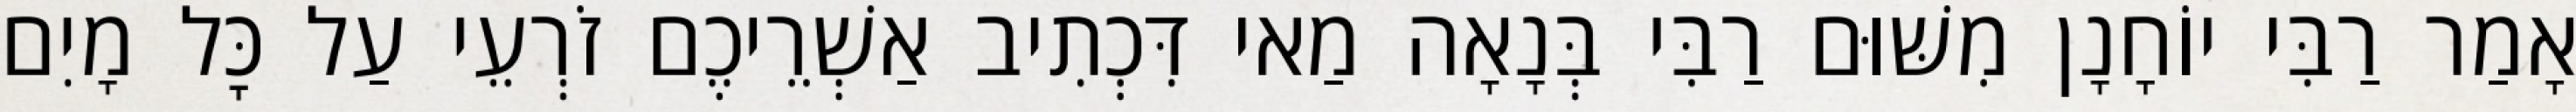
אָמַר רַבִּי יוֹחָנָן מִשּׁוּם רַבִּי בְּנָאָה מַאי דִּכְתִיב אַשְׁרֵיכֶם זֹרְעֵי עַל כׇּל מָיִם